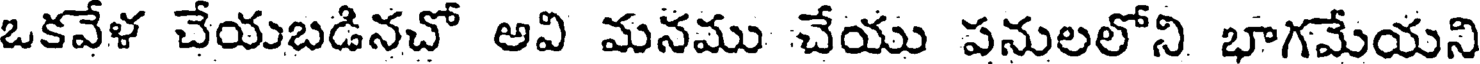
ఒకవేళ చేయబడినచో అవి మనము చేయు పనులలోని భాగమేయని